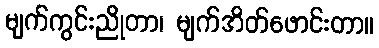
မျက်ကွင်းညိုတာ၊ မျက်အိတ်ဖောင်းတာ။